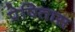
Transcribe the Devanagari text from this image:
प्रेषितास